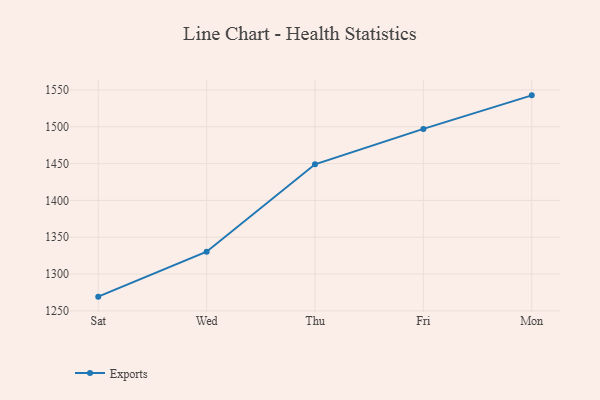
{"axis": {"x": "Day", "y": "Website Visitors"}, "legend": ["Exports"], "data": [{"x": "Sat", "y": 1269.3, "type": "Exports"}, {"x": "Wed", "y": 1330.4, "type": "Exports"}, {"x": "Thu", "y": 1449.0, "type": "Exports"}, {"x": "Fri", "y": 1497.1, "type": "Exports"}, {"x": "Mon", "y": 1542.7, "type": "Exports"}]}